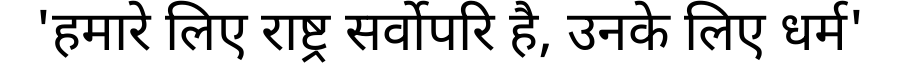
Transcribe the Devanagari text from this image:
'हमारे लिए राष्ट्र सर्वोपरि है, उनके लिए धर्म'